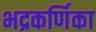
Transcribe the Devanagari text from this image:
भद्रकर्णिका